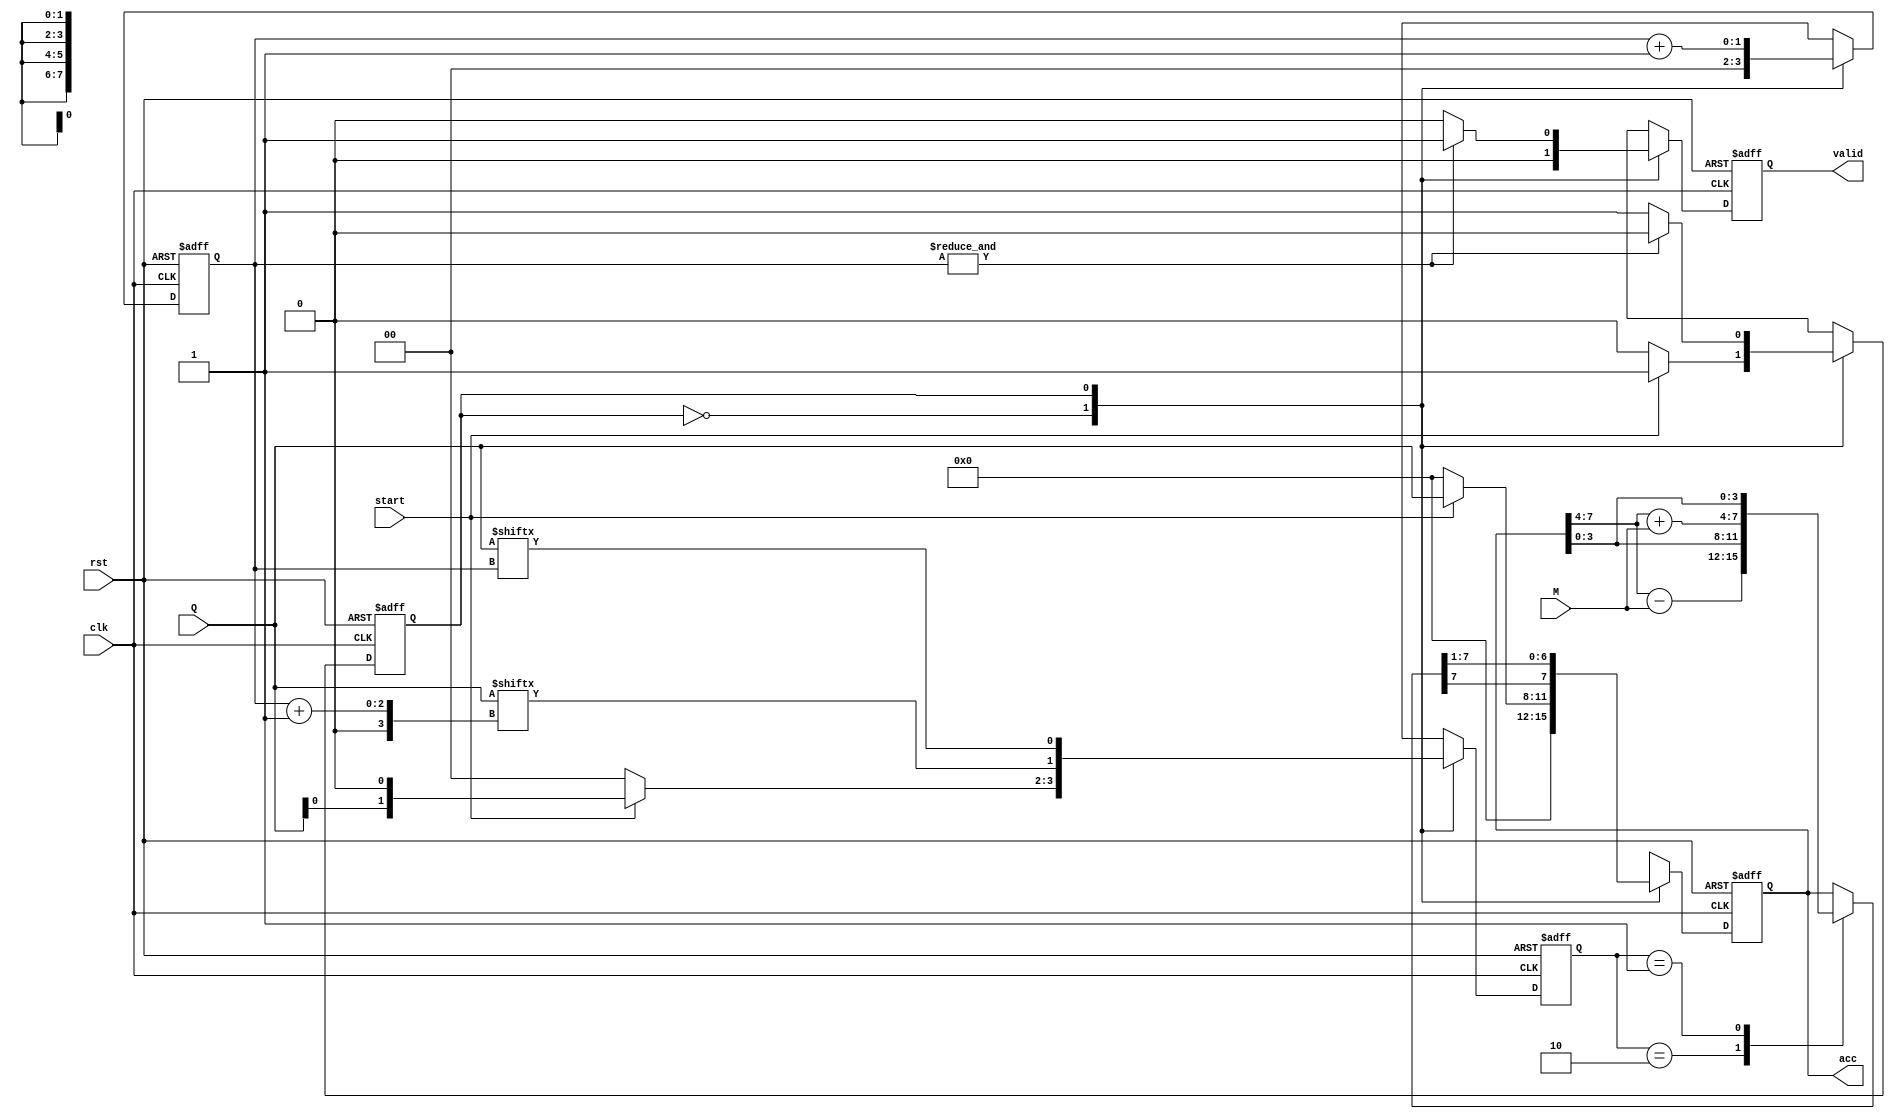
module Booth_multiplier(
    input                    clk,
    input                    rst,
    input                    start,
    input      signed [3:0]  M,     // Multiplicand
    input      signed [3:0]  Q,     // Multiplier
    output reg signed [7:0]  acc,   // Accumulator (Product)
    output reg               valid
);

reg signed [7:0]  next_acc, acc_temp;
reg               next_state, pres_state;
reg        [1:0]  temp, next_temp;
reg        [1:0]  count, next_count;
reg               next_valid;

parameter IDLE = 1'b0;
parameter START = 1'b1;

always @(posedge clk or negedge rst) begin
    if (!rst) begin
        acc        <= 8'd0;
        valid      <= 1'b0;
        pres_state <= 1'b0;
        temp       <= 2'd0;
        count      <= 2'd0;
    end else begin
        acc        <= next_acc;
        valid      <= next_valid;
        pres_state <= next_state;
        temp       <= next_temp;
        count      <= next_count;
    end
end

always @(*) begin
    case (pres_state)
        IDLE: begin
            next_count = 2'b0;
            next_valid = 1'b0;
            if (start) begin
                next_state = START;
                next_temp  = {Q[0], 1'b0};
                next_acc   = {4'd0, Q};
            end else begin
                next_state = pres_state;
                next_temp  = 2'd0;
                next_acc   = 8'd0;
            end
        end

        START: begin
            case (temp)
                2'b10:   acc_temp = {acc[7:4] - M, acc[3:0]};
                2'b01:   acc_temp = {acc[7:4] + M, acc[3:0]};
                default: acc_temp = {acc[7:4], acc[3:0]};
            endcase
            next_temp  = {Q[count + 1], Q[count]};
            next_count = count + 1'b1;
            next_acc   = acc_temp >>> 1;
            next_valid = (&count) ? 1'b1 : 1'b0;
            next_state = (&count) ? IDLE : pres_state;
        end
    endcase
end

endmodule